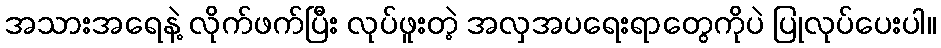
အသားအရေနဲ့ လိုက်ဖက်ပြီး လုပ်ဖူးတဲ့ အလှအပရေးရာတွေကိုပဲ ပြုလုပ်ပေးပါ။